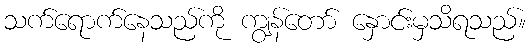
သက်ရောက်နေသည်ကို ကျွန်တော် နှောင်းမှသိရသည်။